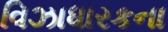
વિઝાધારકના